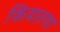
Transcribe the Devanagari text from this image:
कियातथा